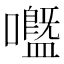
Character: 𡄊